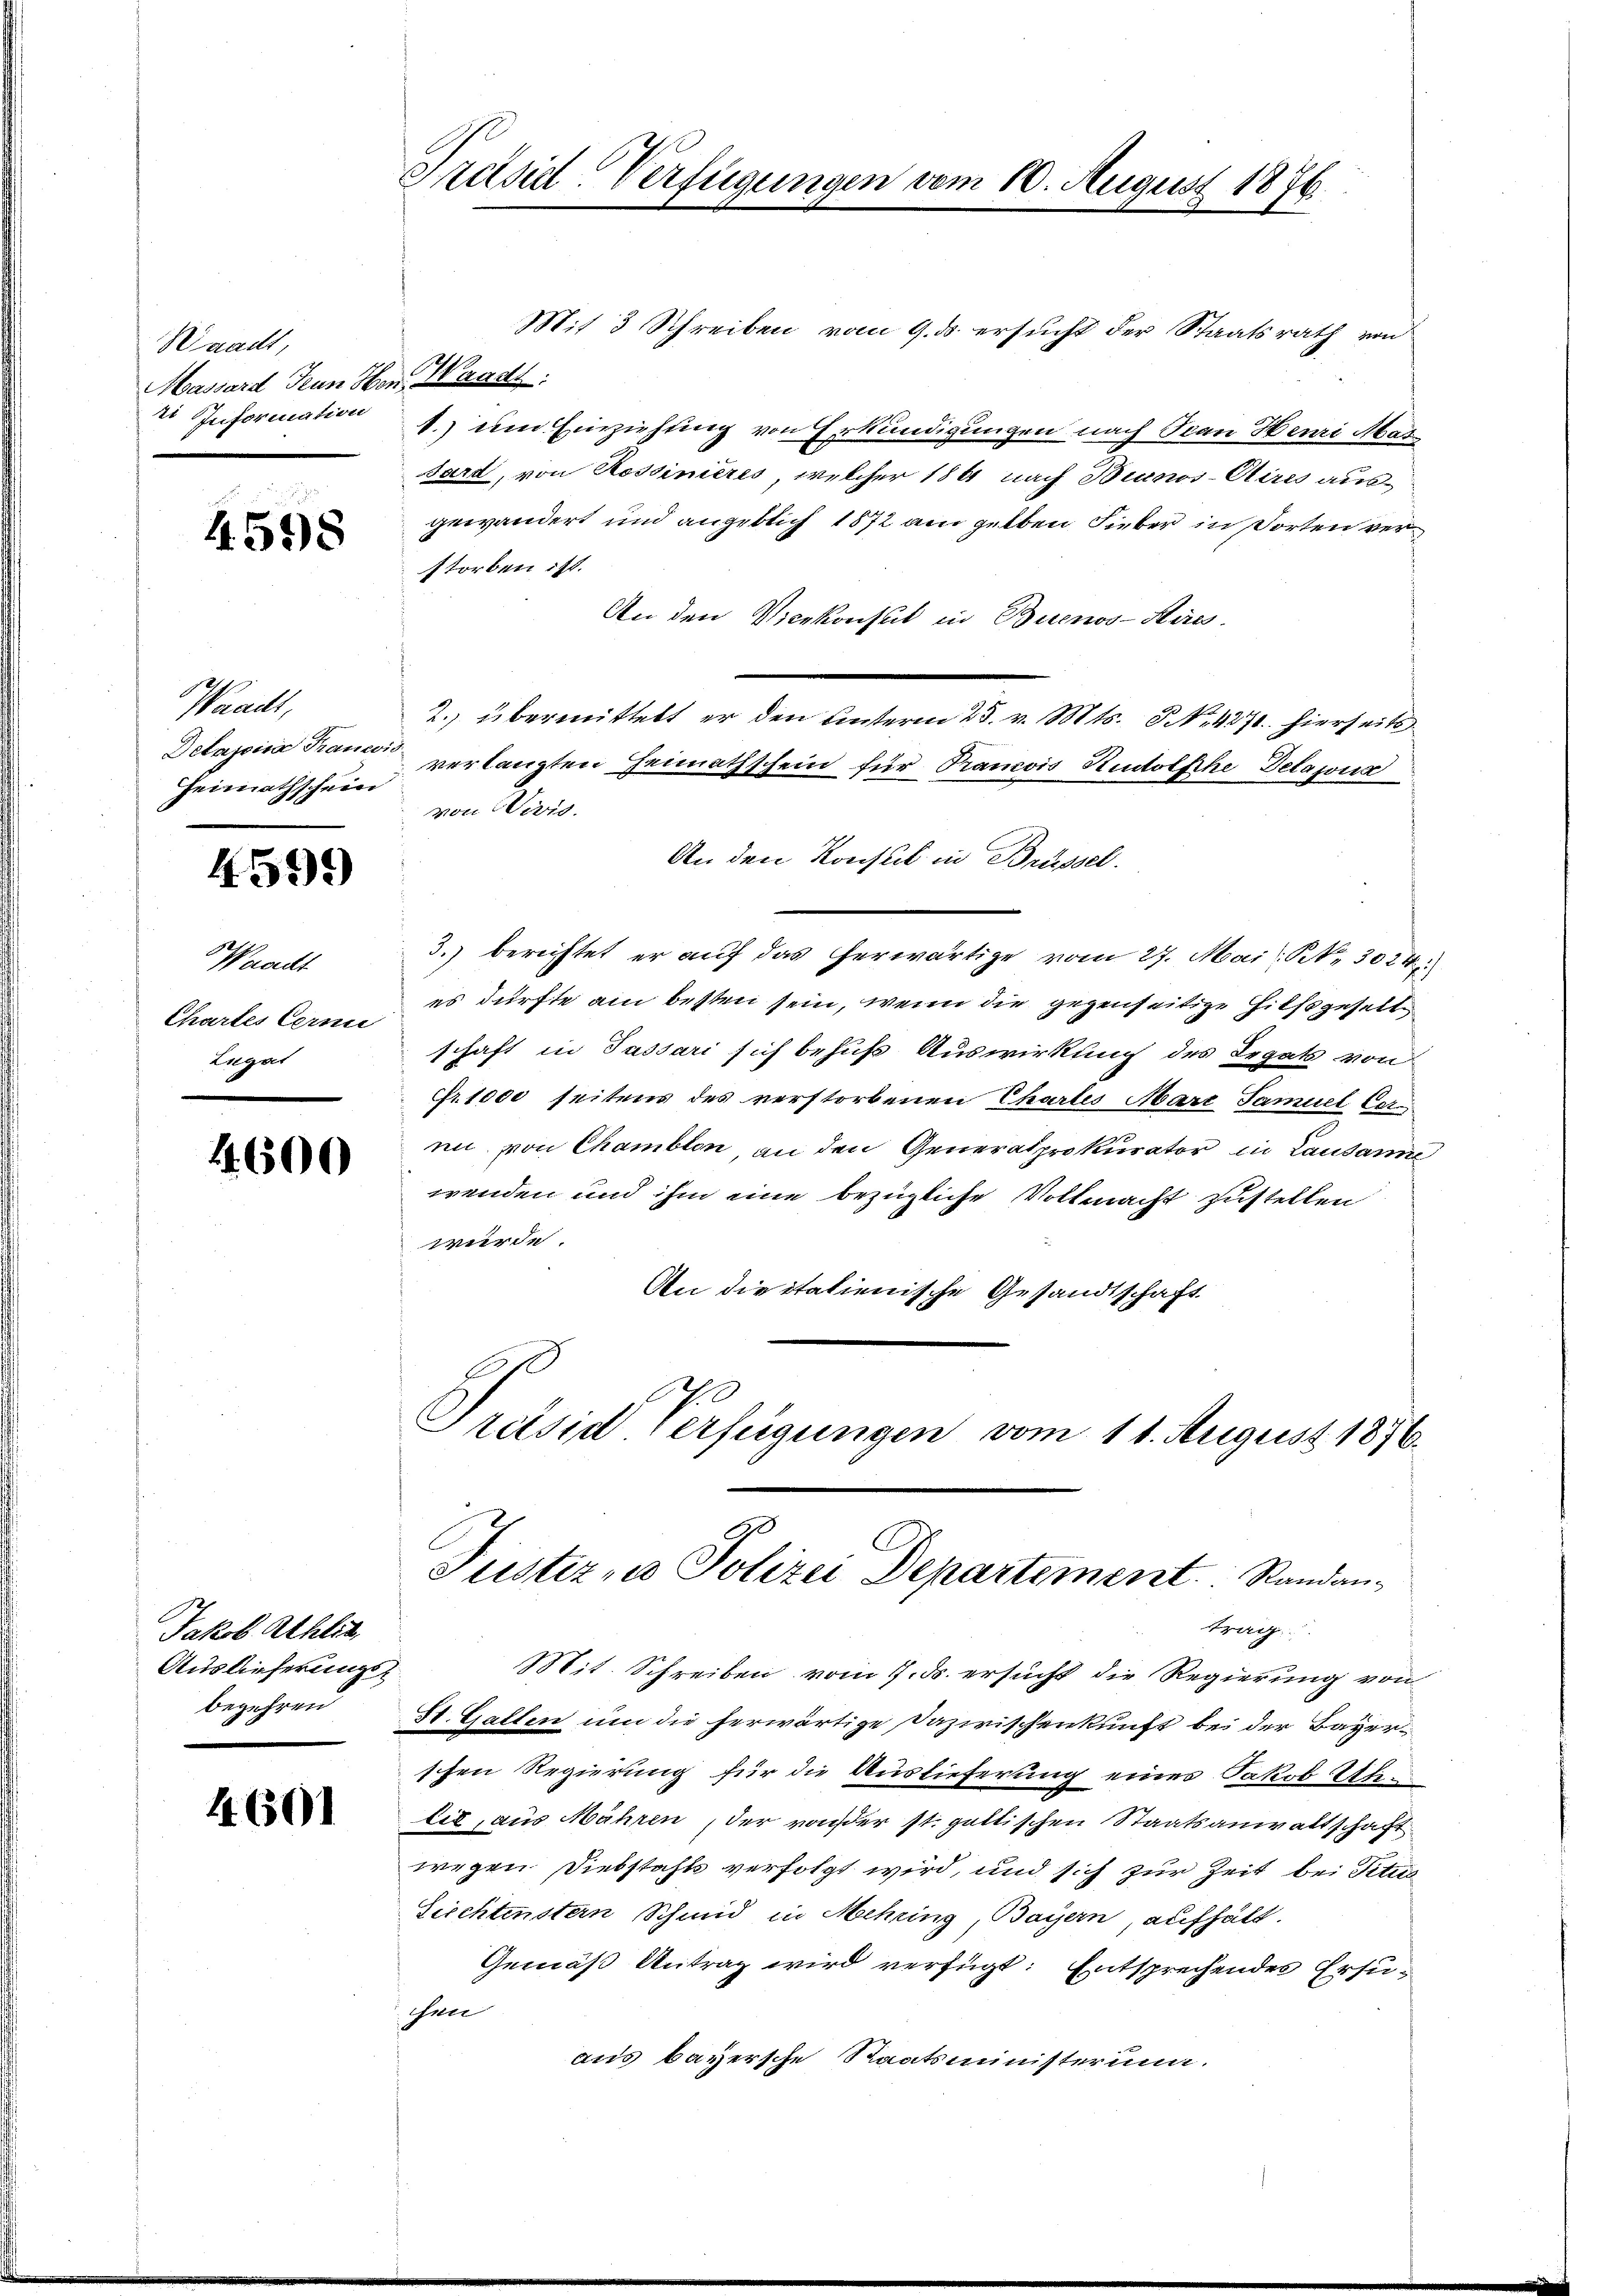
Waadt,
Massard Jean Hrn. Wage
2 Information

4598

Waadt,
Heimathschein

459)

Waadt
Chartes Cerne
Lugat

1.600

Jakob Ahlit
Auslieferungs-
begehren

4601

Präsid-Verfügungen vom 10. August 1876.

Mit 3 Schreiben vom 9. ds. ersucht der Staatsrath von
1.) um Einziehung von Erkundigungen nach San Henri Mas
dard, von Rossinières, welcher 184 nach Bianos-Aires ausgewändert und angeblich 1872 am gelben Lieber in dorten ver
storben ist.
An den Vicekonsul in Buenos-Kass
2. übermittelt er den Unterm 25. v. Mts. 8. No. 427. hierseits-
Delajoica France verlangten Heimathschein für Prancois Rudolsche Delajona
von Wivis.
An den Konsul in Brüssel.
3.) berichtet er auf das herwärtige vom 27. Mai: No 3024
es dürfte am besten sein, wenn die gegenseitige Hilfsgeselte
schaft in Passari sich behuf Auswirkung des Irgats von
Fr. 1000 seitens des verstorbenen Chartes Mart Samuel Cernn von Chamblon, an den Generalprokurator in Lausanne
wenden und ihm eine bezügliche Vollmacht zustellen
würde.
An die italienische Gesandtschaft
Pretsid Verfügungen vom 11. August 1876.

Justiz- u Polizei Departement. Standantrag

Mit. Schreiben vom 7. ds. ersucht die Regierung von
St. Gallen um die herwärtige Dazirischenkunft bei der Bayerschen Regierung für die Auslieferung eines Jakob Uhlit, aus Nähren, der vonser st. galtischen Staatsanwaltschaft
wegen Diebstahls verfolgt wird, und sich zur Zeit bei Titus
Seichtenstern Schmid in Mehring, Bayern, aufhält.
Gemäß Antrag wird verfügt: Entsprechendes Ersuchen
aus bayersche Staatsministerium.